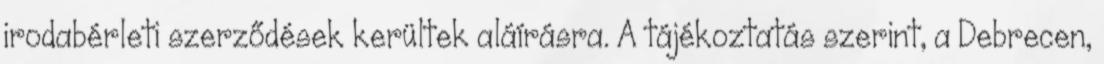
irodabérleti szerződések kerültek aláírásra. A tájékoztatás szerint, a Debrecen,